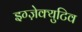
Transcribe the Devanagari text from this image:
इग्ज़ेक्युटिव